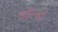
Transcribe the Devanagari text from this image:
व्हॉल्व्हो